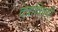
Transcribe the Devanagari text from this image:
देवाविषयी